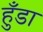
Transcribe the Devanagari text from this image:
हुँडा